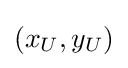
(x_{U},y_{U})